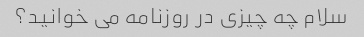
سلام چه چیزی در روزنامه می خوانید؟